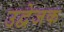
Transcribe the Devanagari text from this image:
उद्वेजक